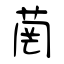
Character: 菵